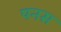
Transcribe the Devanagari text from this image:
पनस